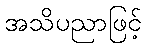
အသိပညာဖြင့်